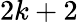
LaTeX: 2k+2